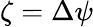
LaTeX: \zeta=\Delta\psi